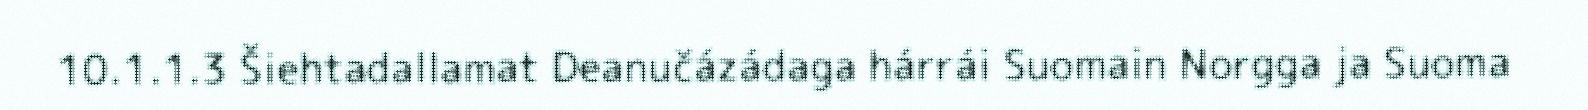
10.1.1.3 Šiehtadallamat Deanučázádaga hárrái Suomain Norgga ja Suoma